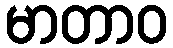
မာတာဝ